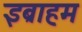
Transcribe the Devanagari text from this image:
इब्राहम